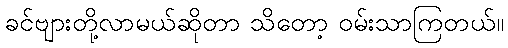
ခင်ဗျားတို့လာမယ်ဆိုတာ သိတော့ ဝမ်းသာကြတယ်။